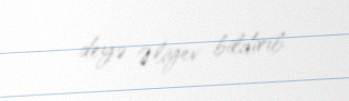
- deyə Əliyev bildirib.